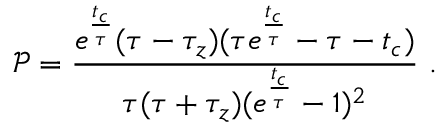
\mathscr { P } = \frac { e ^ { \frac { t _ { c } } { \tau } } ( \tau - \tau _ { z } ) ( \tau e ^ { \frac { t _ { c } } { \tau } } - \tau - t _ { c } ) } { \tau ( \tau + \tau _ { z } ) ( e ^ { \frac { t _ { c } } { \tau } } - 1 ) ^ { 2 } } ~ .